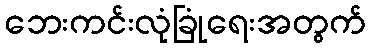
ဘေးကင်းလုံခြုံရေးအတွက်